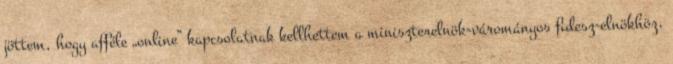
jöttem, hogy afféle „onli­ne” kapcso­lat­nak kell­hettem a miniszterelnök-várományos fidesz-­elnökhöz,